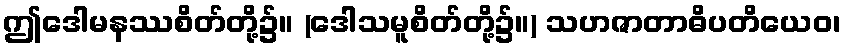
ဤဒေါမနဿစိတ်တို့၌။ (ဒေါသမူစိတ်တို့၌။) သဟဇာတာဓိပတိယေဝ၊